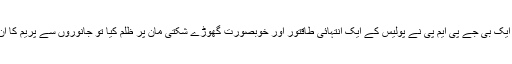
لیکن گزشتہ دنوں جب اتراکھنڈ میں ایک بی جے پی ایم پی نے پولیس کے ایک انتہائی طاقتور اور خوبصورت گھوڑے شکتی مان پر ظلم کیا تو جانوروں سے پریم کا ان کا جذبہ بہت دیر میں بیدار ہوا تھا۔